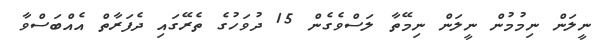
ނީލަން ނިމުމުން ނީލަން ނިމޭތާ ލަސްވެގެން 15 ދުވަހުގެ ތެރޭގައި ދެފަރާތް އެއްބަސްވާ